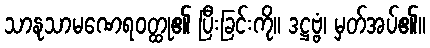
သာနုသာမဏေရဝတ္ထု၏ ပြီးခြင်းကို။ ဒဋ္ဌဗ္ဗံ၊ မှတ်အပ်၏။